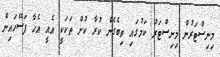
މިނިސްޓަރުން މިނިސްޓަރު ކަމުގައި ތިބެގެން ކުރާ ކުށް ތަކަކީ އެއީ އެހާ ފަސޭހައިން